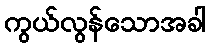
ကွယ်လွန်သောအခါ